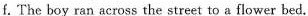
f. The boy ran across the street to a flower bed.